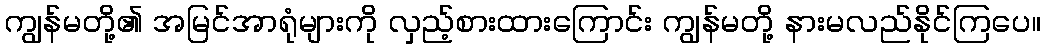
ကျွန်မတို့၏ အမြင်အာရုံများကို လှည့်စားထားကြောင်း ကျွန်မတို့ နားမလည်နိုင်ကြပေ။